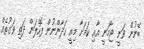
ބޭނުން ވަނީ ޖާމަނީ އާއި ކަމަށާ މިއީ ހަދާންނުން ފޮހެލަން ދަތި ވަގުތެއް